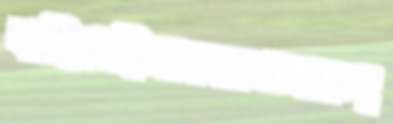
বাহিতেছিলামএকতমাকণ্